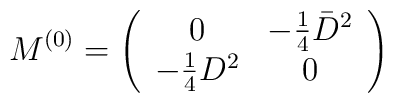
M^{(0)}=\left(\begin{array}{cc}0 & -\frac{1}{4}\bar{D}^2\\-\frac{1}{4} D^2 & 0\end{array}\right)\nonumber